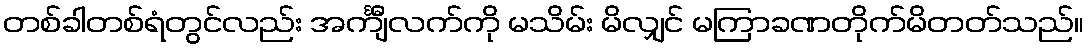
တစ်ခါတစ်ရံတွင်လည်း အင်္ကျီလက်ကို မသိမ်း မိလျှင် မကြာခဏတိုက်မိတတ်သည်။